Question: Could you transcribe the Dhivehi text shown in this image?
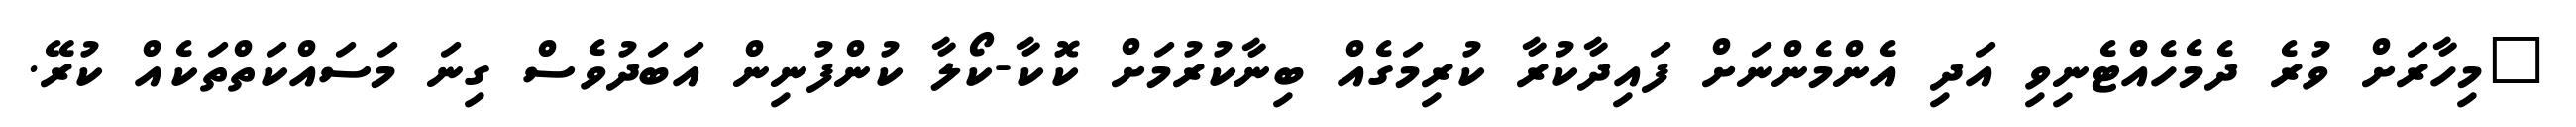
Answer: "މިހާރަށް ވުރެ ދެމެހެއްޓެނިވި އަދި އެންމެންނަށް ފައިދާކުރާ ކުރިމަގެއް ބިނާކުރުމަށް ކޮކާ-ކޯލާ ކުންފުނިން އަބަދުވެސް ގިނަ މަސައްކަތްތަކެއް ކުރޭ.